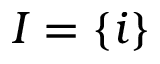
I = \left\{ i \right\}